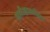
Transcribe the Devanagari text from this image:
समीक्षासाहित्य